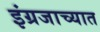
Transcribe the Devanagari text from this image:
इंग्रजाच्यात